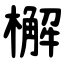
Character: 檞